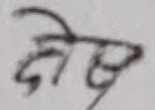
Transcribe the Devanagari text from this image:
सेवा